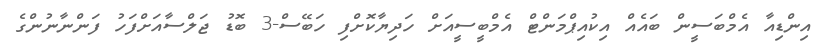
އިންޑިއާ އެމްބަސީން ބައެއް އިކުއިޕްމަންޓް އެމްބީސީއަށް ހަދިޔާކޮށްފި ހަބޭސް-3 ބޮޑު ޖަލްސާއަށްފަހު ފަންނާނުންގެ